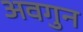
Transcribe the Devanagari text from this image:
अवगुन